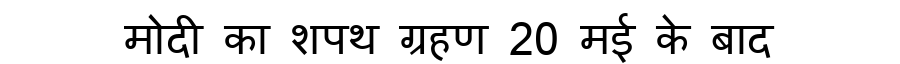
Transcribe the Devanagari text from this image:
मोदी का शपथ ग्रहण 20 मई के बाद